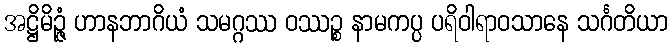
အဋ္ဌိမိဉ္ဇံ ဟာနဘာဂိယံ သမဂ္ဂဿ ဝဿဉ္စ နာမကပ္ပ ပရိဝါရာဝသာနေ သင်္ဂတိယာ